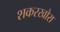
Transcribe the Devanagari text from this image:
शकरखोरा